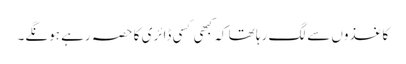
کاغذوں سے لگ رہا تھا کہ کبھی کسی ڈائری کا حصہ رہے ہونگے۔